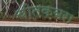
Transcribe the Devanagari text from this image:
चीतकबरा